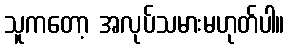
သူကတော့ အလုပ်သမားမဟုတ်ပါ။